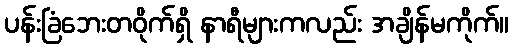
ပန်းခြံဘေးတဝိုက်ရှိ နာရီများကလည်း အချိန်မကိုက်။